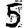
Digit: 5